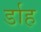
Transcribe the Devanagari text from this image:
र्डाह